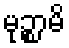
မုဉ္စာမိ